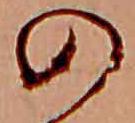
の